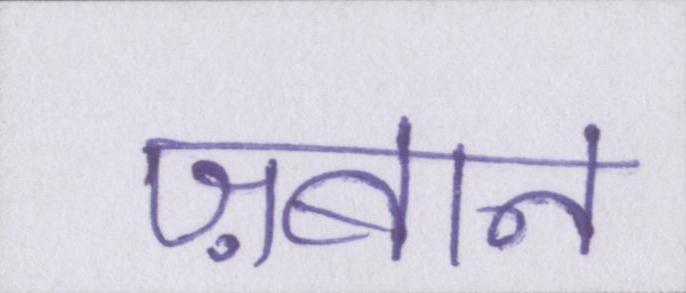
ज़बान